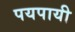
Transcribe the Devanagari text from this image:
पयपायी